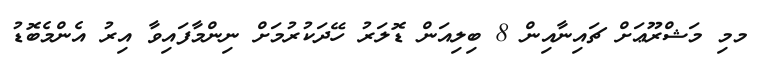
މމި މަޝްރޫޢަށް ޗައިނާއިން 8 ބިލިއަން ޑޮލަރު ހޭދަކުރުމަށް ނިންމާފައިވާ އިރު އެންމެބޮޑު